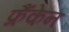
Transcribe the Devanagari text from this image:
फ्रैंकेन